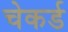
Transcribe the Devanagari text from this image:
चेकर्ड